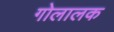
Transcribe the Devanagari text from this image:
गोलालक